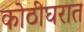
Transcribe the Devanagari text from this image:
कोठीघरात